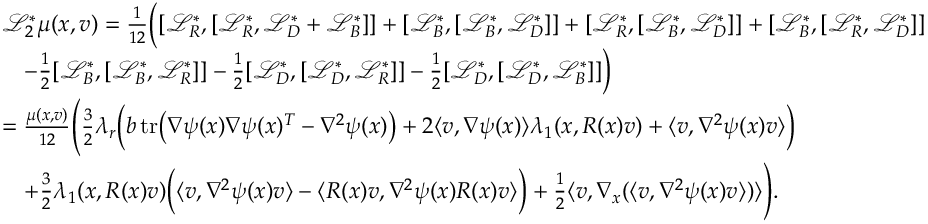
\begin{array} { r l } & { \mathcal { L } _ { 2 } ^ { * } \mu ( x , v ) = \frac { 1 } { 1 2 } \Big ( [ \mathcal { L } _ { R } ^ { * } , [ \mathcal { L } _ { R } ^ { * } , \mathcal { L } _ { D } ^ { * } + \mathcal { L } _ { B } ^ { * } ] ] + [ \mathcal { L } _ { B } ^ { * } , [ \mathcal { L } _ { B } ^ { * } , \mathcal { L } _ { D } ^ { * } ] ] + [ \mathcal { L } _ { R } ^ { * } , [ \mathcal { L } _ { B } ^ { * } , \mathcal { L } _ { D } ^ { * } ] ] + [ \mathcal { L } _ { B } ^ { * } , [ \mathcal { L } _ { R } ^ { * } , \mathcal { L } _ { D } ^ { * } ] ] } \\ & { \quad - \frac { 1 } { 2 } [ \mathcal { L } _ { B } ^ { * } , [ \mathcal { L } _ { B } ^ { * } , \mathcal { L } _ { R } ^ { * } ] ] - \frac { 1 } { 2 } [ \mathcal { L } _ { D } ^ { * } , [ \mathcal { L } _ { D } ^ { * } , \mathcal { L } _ { R } ^ { * } ] ] - \frac { 1 } { 2 } [ \mathcal { L } _ { D } ^ { * } , [ \mathcal { L } _ { D } ^ { * } , \mathcal { L } _ { B } ^ { * } ] ] \Big ) } \\ & { = \frac { \mu ( x , v ) } { 1 2 } \Bigg ( \frac { 3 } { 2 } \lambda _ { r } \Big ( b \, \mathrm { t r } \big ( \nabla \psi ( x ) \nabla \psi ( x ) ^ { T } - \nabla ^ { 2 } \psi ( x ) \big ) + 2 \langle v , \nabla \psi ( x ) \rangle \lambda _ { 1 } ( x , R ( x ) v ) + \langle v , \nabla ^ { 2 } \psi ( x ) v \rangle \Big ) } \\ & { \quad + \frac { 3 } { 2 } \lambda _ { 1 } ( x , R ( x ) v ) \Big ( \langle v , \nabla ^ { 2 } \psi ( x ) v \rangle - \langle R ( x ) v , \nabla ^ { 2 } \psi ( x ) R ( x ) v \rangle \Big ) + \frac { 1 } { 2 } \langle v , \nabla _ { x } ( \langle v , \nabla ^ { 2 } \psi ( x ) v \rangle ) \rangle \Bigg ) . } \end{array}